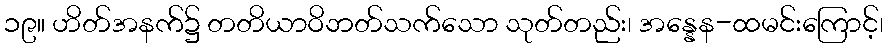
၁၉။ ဟိတ်အနက်၌ တတိယာဝိဘတ်သက်သော သုတ်တည်း၊ အန္နေန-ထမင်းကြောင့်၊